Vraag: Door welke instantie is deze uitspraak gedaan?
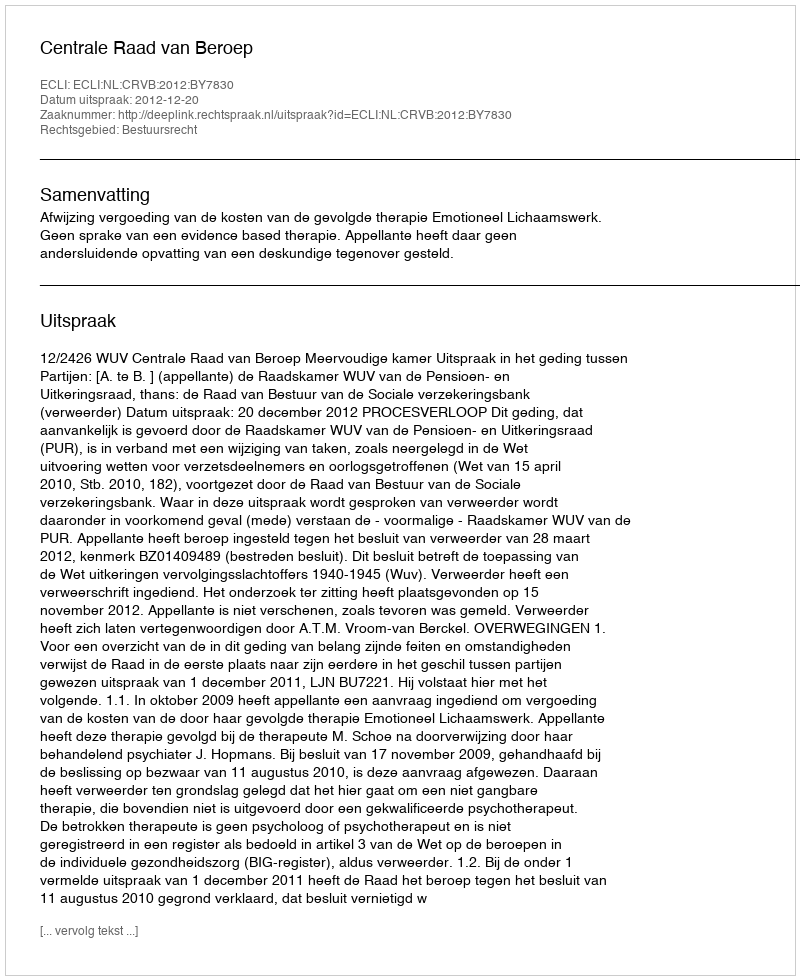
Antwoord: Centrale Raad van Beroep